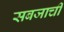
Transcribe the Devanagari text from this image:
सबजाची